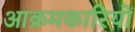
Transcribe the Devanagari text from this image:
आक्रमकारियों